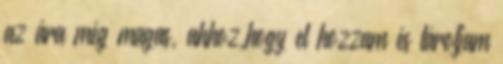
az ára még magas, ahhoz,hogy el hozzam és tároljam